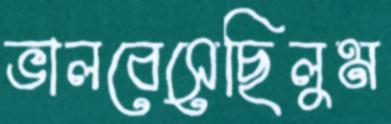
ভালবেসেছিলুম